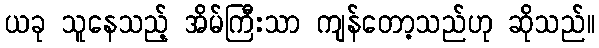
ယခု သူနေသည့် အိမ်ကြီးသာ ကျန်တော့သည်ဟု ဆိုသည်။